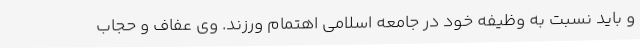
و باید نسبت به وظیفه خود در جامعه اسلامی اهتمام ورزند. وی عفاف و حجاب